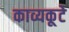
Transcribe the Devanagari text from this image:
काव्यकूटे